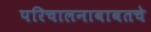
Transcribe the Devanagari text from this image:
परिचालनाबाबतचे